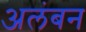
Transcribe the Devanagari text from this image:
अलंबन